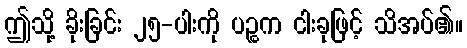
ဤသို့ ခိုးခြင်း ၂၅-ပါးကို ပဉ္စက ငါးခုဖြင့် သိအပ်၏။